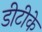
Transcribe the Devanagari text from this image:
डीटीके